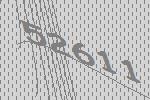
52611